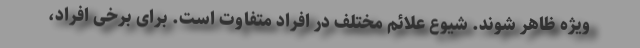
ویژه ظاهر شوند. شیوع علائم مختلف در افراد متفاوت است. برای برخی افراد،